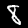
Digit: 8